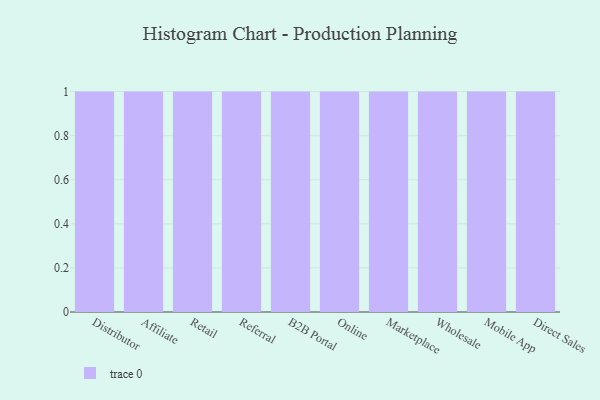
{"axis": {"x": "Channel", "y": "Market Share (%)"}, "legend": [""], "data": [{"x": "Distributor", "y": 48, "type": ""}, {"x": "Affiliate", "y": 64, "type": ""}, {"x": "Retail", "y": 16, "type": ""}, {"x": "Referral", "y": 77, "type": ""}, {"x": "B2B Portal", "y": 9, "type": ""}, {"x": "Online", "y": 57, "type": ""}, {"x": "Marketplace", "y": 54, "type": ""}, {"x": "Wholesale", "y": 16, "type": ""}, {"x": "Mobile App", "y": 40, "type": ""}, {"x": "Direct Sales", "y": 9, "type": ""}]}